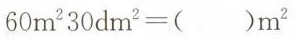
$$6 0 m^{2} 3 0 d m^{2} = () m^{2}$$